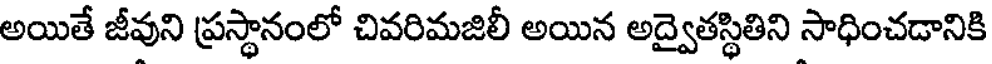
అయితే జీవుని ప్రస్థానంలో చివరిమజిలీ అయిన అద్వైతస్థితిని సాధించడానికి